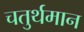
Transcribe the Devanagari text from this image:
चतुर्थमान